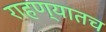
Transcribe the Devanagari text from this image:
राहण्यातच